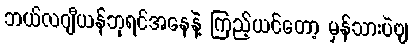
ဘယ်လဂျီယန်ဘုရင်အနေနဲ့ ကြည့်ယင်တော့ မှန်သားပဲဗျ